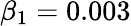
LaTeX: \beta_{1}=0.003